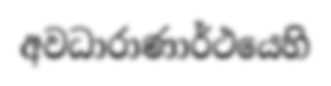
අවධාරාණාර්ථයෙහි